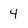
Character: 4